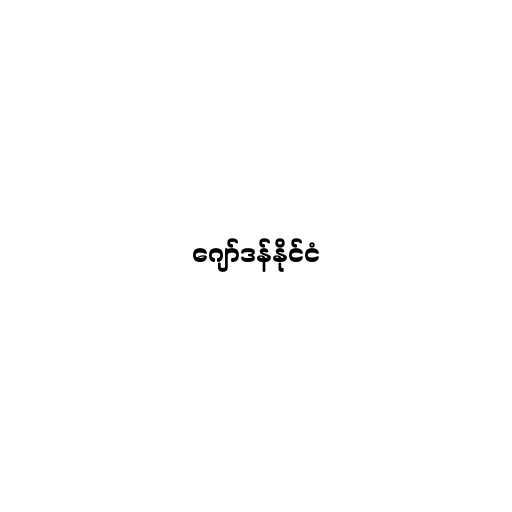
ဂျော်ဒန်နိုင်ငံ